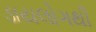
ડાયલોગથી